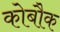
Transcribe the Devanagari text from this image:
कोबौक